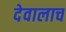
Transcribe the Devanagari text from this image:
देवालाच